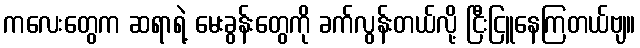
ကလေးတွေက ဆရာရဲ့ မေးခွန်းတွေကို ခက်လွန်းတယ်လို့ ငြီးငြူနေကြတယ်ဗျ။